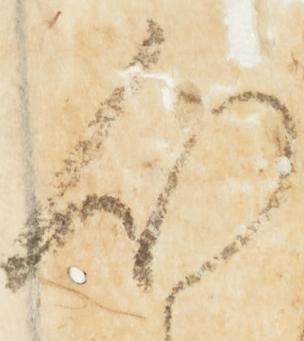
心